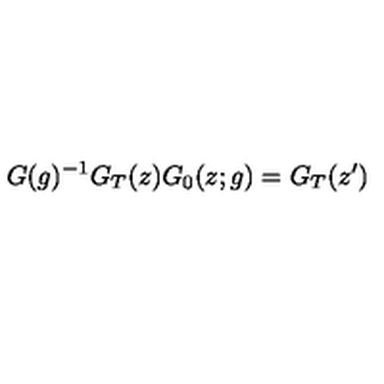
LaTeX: G ( g ) ^ { - 1 } G _ { T } ( z ) G _ { 0 } ( z ; g ) = G _ { T } ( z ^ { \prime } )